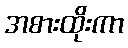
အစားထိုးကာ